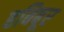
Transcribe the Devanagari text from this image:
हबिबूर